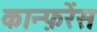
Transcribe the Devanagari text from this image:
कान्फ़रेंस